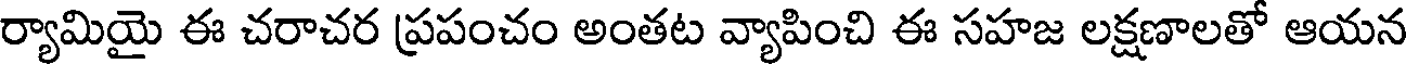
ర్యామియై ఈ చరాచర ప్రపంచం అంతట వ్యాపించి ఈ సహజ లక్షణాలతో ఆయన